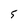
Character: 5